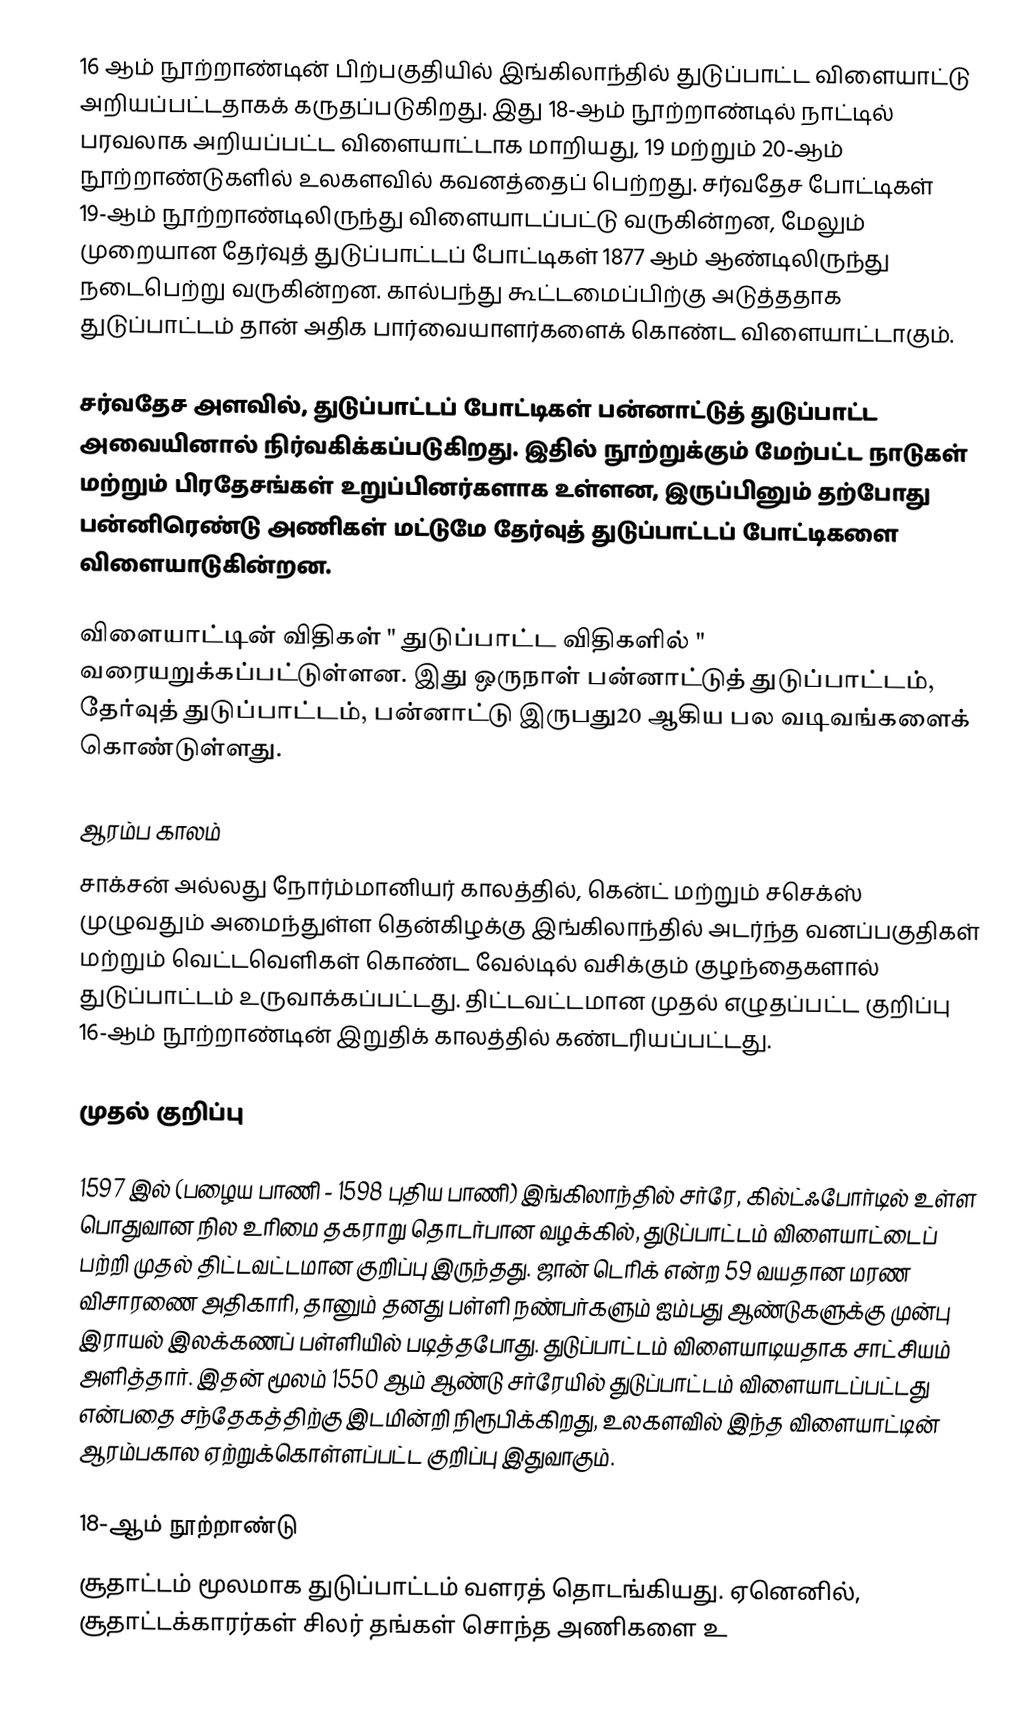
16 ஆம் நூற்றாண்டின் பிற்பகுதியில் இங்கிலாந்தில் துடுப்பாட்ட விளையாட்டு அறியப்பட்டதாகக் கருதப்படுகிறது. இது 18-ஆம் நூற்றாண்டில் நாட்டில் பரவலாக அறியப்பட்ட விளையாட்டாக மாறியது, 19 மற்றும் 20-ஆம் நூற்றாண்டுகளில் உலகளவில் கவனத்தைப் பெற்றது. சர்வதேச போட்டிகள் 19-ஆம் நூற்றாண்டிலிருந்து விளையாடப்பட்டு வருகின்றன, மேலும் முறையான தேர்வுத் துடுப்பாட்டப் போட்டிகள் 1877 ஆம் ஆண்டிலிருந்து நடைபெற்று வருகின்றன. கால்பந்து கூட்டமைப்பிற்கு அடுத்ததாக துடுப்பாட்டம் தான் அதிக பார்வையாளர்களைக் கொண்ட விளையாட்டாகும்.

சர்வதேச அளவில், துடுப்பாட்டப் போட்டிகள் பன்னாட்டுத் துடுப்பாட்ட அவையினால் நிர்வகிக்கப்படுகிறது. இதில் நூற்றுக்கும் மேற்பட்ட நாடுகள் மற்றும் பிரதேசங்கள் உறுப்பினர்களாக உள்ளன, இருப்பினும் தற்போது பன்னிரெண்டு அணிகள் மட்டுமே தேர்வுத் துடுப்பாட்டப் போட்டிகளை விளையாடுகின்றன.

விளையாட்டின் விதிகள் " துடுப்பாட்ட விதிகளில் " வரையறுக்கப்பட்டுள்ளன. இது ஒருநாள் பன்னாட்டுத் துடுப்பாட்டம், தேர்வுத் துடுப்பாட்டம், பன்னாட்டு இருபது20 ஆகிய பல வடிவங்களைக் கொண்டுள்ளது.

ஆரம்ப காலம்
சாக்சன் அல்லது நோர்ம்மானியர் காலத்தில், கென்ட் மற்றும் சசெக்ஸ் முழுவதும் அமைந்துள்ள தென்கிழக்கு இங்கிலாந்தில் அடர்ந்த வனப்பகுதிகள் மற்றும் வெட்டவெளிகள் கொண்ட வேல்டில் வசிக்கும் குழந்தைகளால் துடுப்பாட்டம் உருவாக்கப்பட்டது.   திட்டவட்டமான முதல் எழுதப்பட்ட குறிப்பு 16-ஆம் நூற்றாண்டின் இறுதிக் காலத்தில் கண்டரியப்பட்டது.

முதல் குறிப்பு

1597 இல் (பழைய பாணி - 1598 புதிய பாணி) இங்கிலாந்தில் சர்ரே, கில்ட்ஃபோர்டில் உள்ள பொதுவான நில உரிமை தகராறு தொடர்பான வழக்கில், துடுப்பாட்டம் விளையாட்டைப் பற்றி முதல் திட்டவட்டமான குறிப்பு இருந்தது. ஜான் டெரிக் என்ற 59 வயதான மரண விசாரணை அதிகாரி, தானும் தனது பள்ளி நண்பர்களும் ஐம்பது ஆண்டுகளுக்கு முன்பு இராயல் இலக்கணப் பள்ளியில் படித்தபோது. துடுப்பாட்டம் விளையாடியதாக சாட்சியம் அளித்தார். இதன் மூலம் 1550 ஆம் ஆண்டு சர்ரேயில் துடுப்பாட்டம் விளையாடப்பட்டது என்பதை சந்தேகத்திற்கு இடமின்றி நிரூபிக்கிறது, உலகளவில் இந்த விளையாட்டின் ஆரம்பகால ஏற்றுக்கொள்ளப்பட்ட குறிப்பு இதுவாகும்.

18-ஆம் நூற்றாண்டு
சூதாட்டம் மூலமாக துடுப்பாட்டம் வளரத் தொடங்கியது. ஏனெனில், சூதாட்டக்காரர்கள் சிலர் தங்கள் சொந்த அணிகளை உ